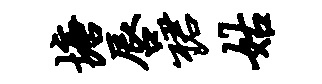
塘唇裙姑